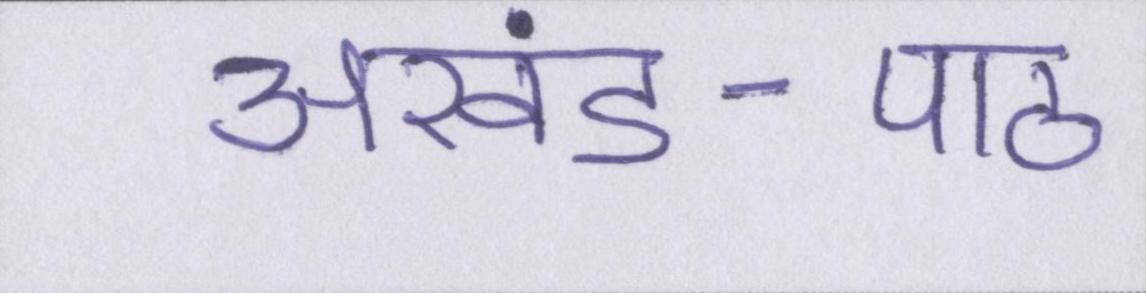
अखंड-पाठ